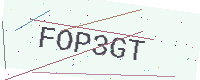
Text: FOP3GT